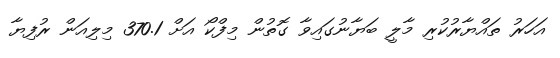
އަހަރު ތައްޔާރުކުރި މާލީ ބަޔާނުގައިވާ ގޮތުން މިފްކޯ އަށް 370.1 މިލިއަން ރުފިޔާ